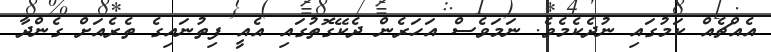
އެއްޗެއް ކަމުގައި ނުދެކެމެވެ. ނަމަވެސް އަހަރެން ދެކޭގޮތުގައި އެއީ ފިތުނައިގެ ތެރެއަށް ގެންދާ